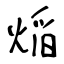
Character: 㷔